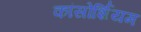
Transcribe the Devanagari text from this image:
कांसोर्शियम